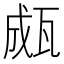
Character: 㼩